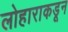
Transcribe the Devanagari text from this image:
लोहाराकडून